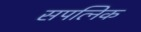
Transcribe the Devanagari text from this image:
सपत्निक